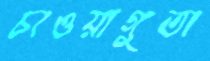
চাওয়াগুতা